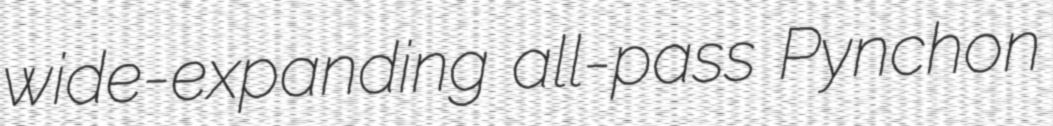
wide-expanding all-pass Pynchon